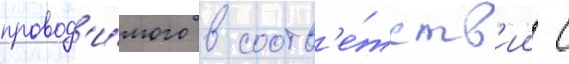
провод'и́мого в соотв'е́тств'ии с